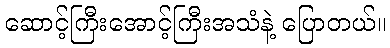
ဆောင့်ကြီးအောင့်ကြီးအသံနဲ့ ပြောတယ်။